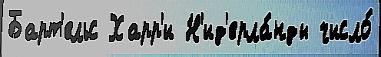
Барт'ельс Харр'и Н'ид'ерла́нды число́